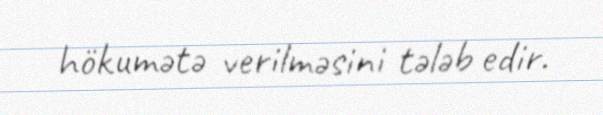
hökumətə verilməsini tələb edir.